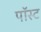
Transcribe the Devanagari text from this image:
पॉस्ट